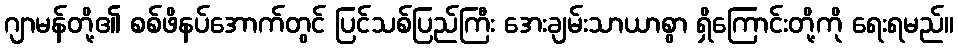
ဂျာမန်တို့၏ စစ်ဖိနပ်အောက်တွင် ပြင်သစ်ပြည်ကြီး အေးချမ်းသာယာစွာ ရှိကြောင်းတို့ကို ရေးရမည်။